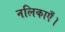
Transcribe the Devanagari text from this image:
नलिकाएँ।